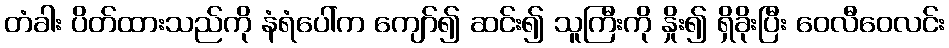
တံခါး ပိတ်ထားသည်ကို နံရံပေါ်က ကျော်၍ ဆင်း၍ သူကြီးကို နှိုး၍ ရှိခိုးပြီး ဝေလီဝေလင်း